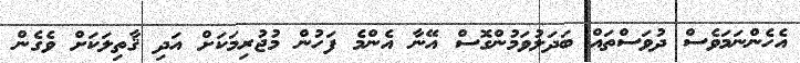
އެހެންނަމަވެސް ދުވަސްތައް ބަދަލުވަމުންގޮސް އޭނާ އެންމެ ފަހުން މުޖުރިމަކަށް އަދި ޤާތިލަކަށް ވެގެން